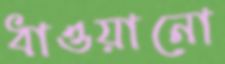
ধাওয়ানো